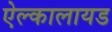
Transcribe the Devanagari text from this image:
ऐल्कालायड